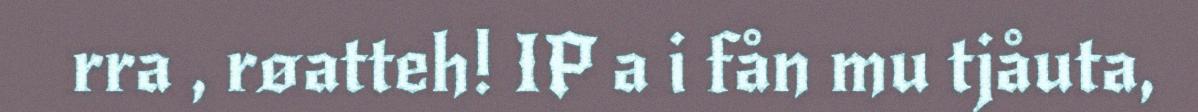
rra , røatteh! IP a i fån mu tjåuta,